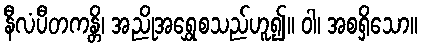
နီလံပီတကန္တိ၊ အညိုအရွှေစသည်ဟူ၍။ ဝါ၊ အစရှိသော။